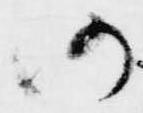
仍